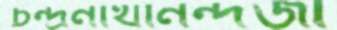
চন্দ্রনাথানন্দজী